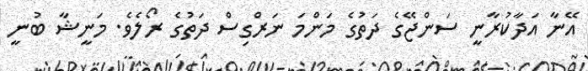
އޭނާ އަދާކުރާނީ ސަންޖޭގެ ދަތުގެ މަންމަ ނަރްގިސް ދަތުގެ ރޯލެވެ. މަނީޝާ ބުނީ